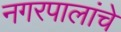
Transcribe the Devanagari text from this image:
नगरपालांचे